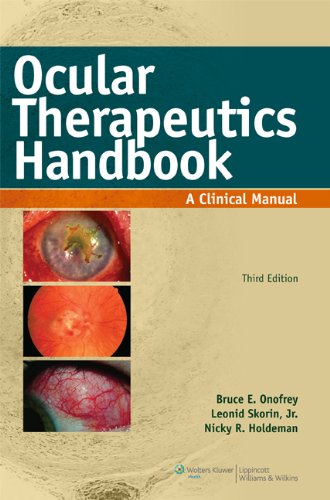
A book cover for Ocular Therapeutics Handbook: A Clinical Manual; Bruce E. Onofrey RPh  OD  FAAO  FOGS; Medical Books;